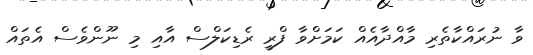
ވާ ނުރައްކާތެރި މާއްދާއެއް ކަމަށްވާ ފްރީ ރެޑިކަލްސް އާއި މި ނޫންވެސް އެތައް